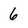
Character: 6